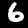
Digit: 6